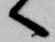
へ